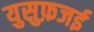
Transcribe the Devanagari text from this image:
युसुफ़जई